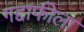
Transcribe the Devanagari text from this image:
गद्दाफीला